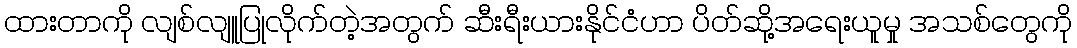
ထားတာကို လျစ်လျူပြုလိုက်တဲ့အတွက် ဆီးရီးယားနိုင်ငံဟာ ပိတ်ဆို့အရေးယူမှု အသစ်တွေကို